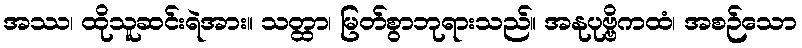
အဿ၊ ထိုသူဆင်းရဲအား။ သတ္ထာ၊ မြတ်စွာဘုရားသည်။ အနုပုဗ္ဗိကထံ၊ အစဉ်သော